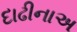
દાઢીનાઅ